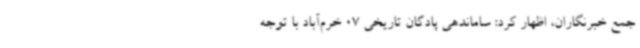
جمع خبرنگاران، اظهار کرد: ساماندهی پادگان تاریخی 07 خرم‌آباد با توجه